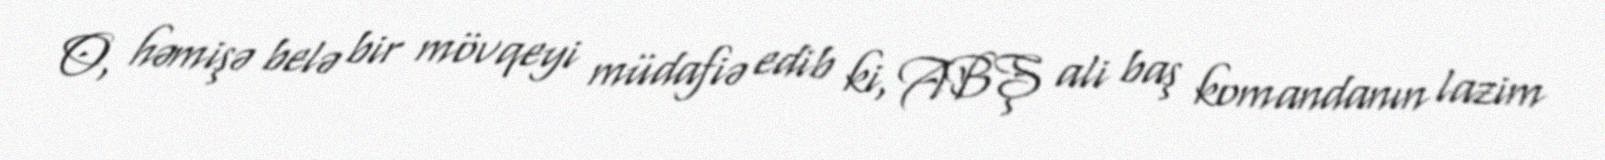
O, həmişə belə bir mövqeyi müdafiə edib ki, ABŞ ali baş komandanın lazim